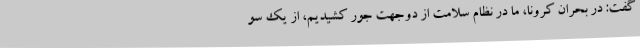
گفت: در بحران کرونا، ما در نظام سلامت از دوجهت جور کشیدیم، از یک سو